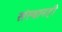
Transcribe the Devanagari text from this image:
संस्थानही